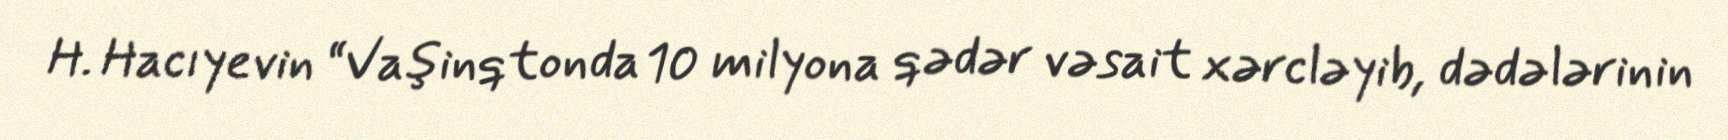
H. Hacıyevin “Vaşinqtonda 10 milyona qədər vəsait xərcləyib, dədələrinin